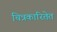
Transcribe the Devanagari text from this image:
चित्रकारितेत